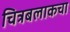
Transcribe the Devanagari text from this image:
चित्रबलाकचा